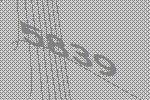
5839